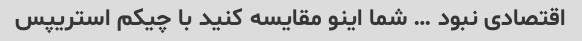
اقتصادی نبود … شما اینو مقایسه کنید با چیکم استریپس